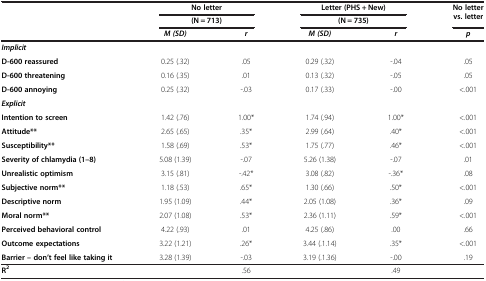
<table><thead><tr><td rowspan="2"><b> </b></td><td colspan="2"><b>No letter</b></td><td colspan="2"><b>Letter (PHS + New)</b></td><td rowspan="2"><b>No letter vs. letter</b></td></tr><tr><td colspan="2"><b>(N = 713)</b></td><td colspan="2"><b>(N = 735)</b></td></tr><tr><td><b> </b></td><td><b><i>M (SD)</i></b></td><td><b><i>r</i></b></td><td><b><i>M (SD)</i></b></td><td><b><i>r</i></b></td><td><b><i>p</i></b></td></tr></thead><tbody><tr><td><b><i>Implicit</i></b></td><td> </td><td> </td><td> </td><td> </td><td> </td></tr><tr><td><b>D-600 reassured</b></td><td>0.25 (.32)</td><td>.05</td><td>0.29 (.32)</td><td>-.04</td><td>.05</td></tr><tr><td><b>D-600 threatening</b></td><td>0.16 (.35)</td><td>.01</td><td>0.13 (.32)</td><td>-.05</td><td>.05</td></tr><tr><td><b>D-600 annoying</b></td><td>0.25 (.32)</td><td>-.03</td><td>0.17 (.33)</td><td>-.00</td><td>&lt;.001</td></tr><tr><td><b><i>Explicit</i></b></td><td> </td><td> </td><td> </td><td> </td><td> </td></tr><tr><td><b>Intention to screen</b></td><td>1.42 (.76)</td><td>1.00*</td><td>1.74 (.94)</td><td>1.00*</td><td>&lt;.001</td></tr><tr><td><b>Attitude**</b></td><td>2.65 (.65)</td><td>.35*</td><td>2.99 (.64)</td><td>.40*</td><td>&lt;.001</td></tr><tr><td><b>Susceptibility**</b></td><td>1.58 (.69)</td><td>.53*</td><td>1.75 (.77)</td><td>.46*</td><td>&lt;.001</td></tr><tr><td><b>Severity of chlamydia (1–8)</b></td><td>5.08 (1.39)</td><td>-.07</td><td>5.26 (1.38)</td><td>-.07</td><td>.01</td></tr><tr><td><b>Unrealistic optimism</b></td><td>3.15 (.81)</td><td>-.42*</td><td>3.08 (.82)</td><td>-.36*</td><td>.08</td></tr><tr><td><b>Subjective norm**</b></td><td>1.18 (.53)</td><td>.65*</td><td>1.30 (.66)</td><td>.50*</td><td>&lt;.001</td></tr><tr><td><b>Descriptive norm</b></td><td>1.95 (1.09)</td><td>.44*</td><td>2.05 (1.08)</td><td>.36*</td><td>.09</td></tr><tr><td><b>Moral norm**</b></td><td>2.07 (1.08)</td><td>.53*</td><td>2.36 (1.11)</td><td>.59*</td><td>&lt;.001</td></tr><tr><td><b>Perceived behavioral control</b></td><td>4.22 (.93)</td><td>.01</td><td>4.25 (.86)</td><td>.00</td><td>.66</td></tr><tr><td><b>Outcome expectations</b></td><td>3.22 (1.21)</td><td>.26*</td><td>3.44 (.1.14)</td><td>.35*</td><td>&lt;.001</td></tr><tr><td><b>Barrier – don’t feel like taking it</b></td><td>3.28 (1.39)</td><td>-.03</td><td>3.19 (.1.36)</td><td>-.00</td><td>.19</td></tr><tr><td><b>R</b><sup><b>2</b></sup></td><td> </td><td>.56</td><td> </td><td>.49</td><td> </td></tr></tbody></table>